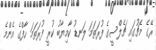
ރޭގެ މެޗުގައި ޗެލްސީގެ ފުރަތަމަ ލަނޑު ކާމިޔާބު ކުރީ ފުރަތަމަ ހާފްގެ އެންމެ